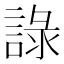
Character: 𧨹